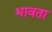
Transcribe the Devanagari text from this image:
भावता